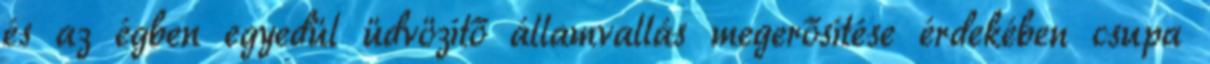
és az égben egyedül üdvözítő államvallás megerősítése érdekében csupa